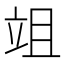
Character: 𥩢